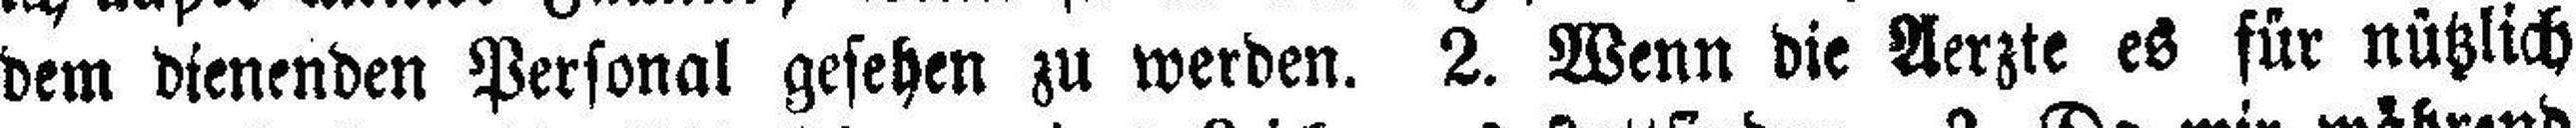
dem dienenden Personal gesehen zu werden. 2. Wenn die Aerzte es für nützlich